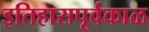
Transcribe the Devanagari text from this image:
इतिहासपूर्वकाळ